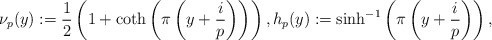
\begin{align*} \nu_p(y)&:=\frac{1}{2}\left ( 1+\coth\left (\pi\left(y+\frac{i}{p}\right ) \right )\right ), h_p(y):= \sinh^{-1}\left (\pi \left(y+\frac{i}{p}\right )\right ),\end{align*}